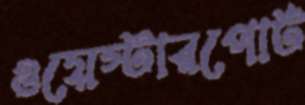
ওয়েস্টারপোর্ট